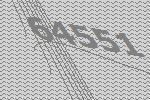
64551